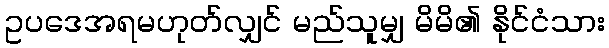
ဥပဒေအရမဟုတ်လျှင် မည်သူမျှ မိမိ၏ နိုင်ငံသား